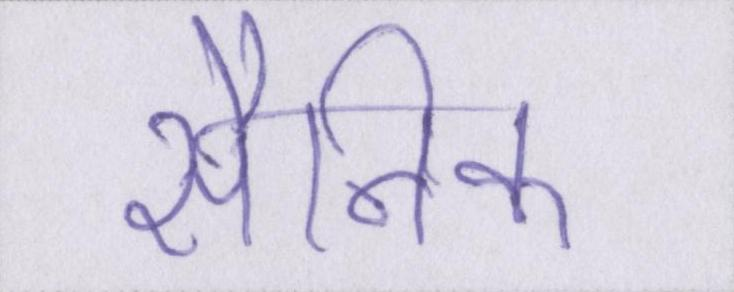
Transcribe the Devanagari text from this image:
सैनिक